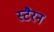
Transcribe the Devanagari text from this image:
स्टैरन